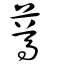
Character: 䔿